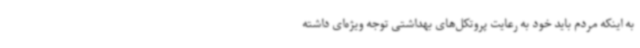
به اینکه مردم باید خود به رعایت پروتکل‌های بهداشتی توجه ویژه‌ای داشته